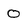
Character: 0